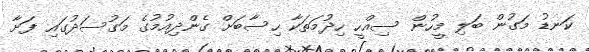
ކަނޑު މަގުން ބަލި މީހުން ސިއްހީ ހިދުމަތަކާ ހިސާބަށް ގެންދިއުމުގެ މަގުސަދުގައި ފަށާ